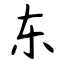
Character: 东